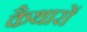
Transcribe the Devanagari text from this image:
कैथारों